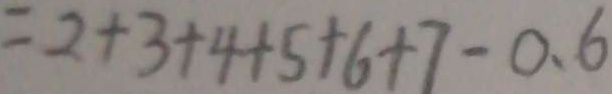
= 2 + 3 + 4 + 5 + 6 + 7 - 0 . 6